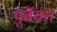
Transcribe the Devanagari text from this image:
पूर्वेक्त